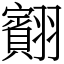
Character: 䎙